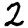
Digit: 2